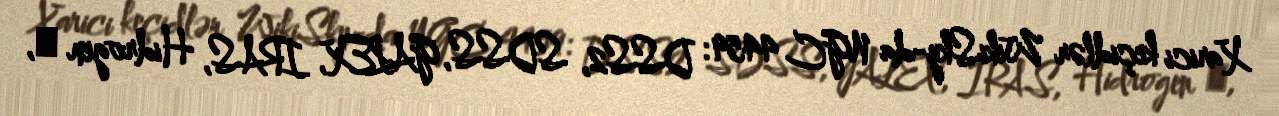
Xarici keçidlər WikiSky-da NGC 4459: DSS2, SDSS, GALEX, IRAS, Hidrogen α,